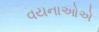
વયનાઓએ